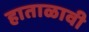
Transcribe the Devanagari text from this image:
हाताळावी